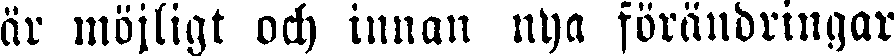
är möjligt och innan nya förändringar